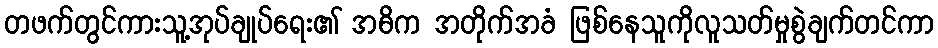
တဖက်တွင်ကားသူ့အုပ်ချုပ်ရေး၏ အဓိက အတိုက်အခံ ဖြစ်နေသူကိုလူသတ်မှုစွဲချက်တင်ကာ